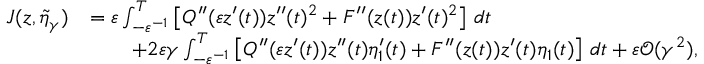
\begin{array} { r l } { J ( z , \tilde { \eta } _ { \gamma } ) } & { = \varepsilon \int _ { - \varepsilon ^ { - 1 } } ^ { T } \left[ Q ^ { \prime \prime } ( \varepsilon z ^ { \prime } ( t ) ) z ^ { \prime \prime } ( t ) ^ { 2 } + F ^ { \prime \prime } ( z ( t ) ) z ^ { \prime } ( t ) ^ { 2 } \right] \, d t } \\ & { \qquad + 2 \varepsilon \gamma \int _ { - \varepsilon ^ { - 1 } } ^ { T } \left[ Q ^ { \prime \prime } ( \varepsilon z ^ { \prime } ( t ) ) z ^ { \prime \prime } ( t ) \eta _ { 1 } ^ { \prime } ( t ) + F ^ { \prime \prime } ( z ( t ) ) z ^ { \prime } ( t ) \eta _ { 1 } ( t ) \right] \, d t + \varepsilon \mathcal { O } ( \gamma ^ { 2 } ) , } \end{array}